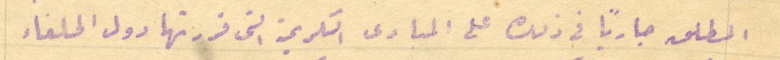
المطلق جاريًا في ذلك على المبادى الكريمة التى قررتها دول الحلفاء